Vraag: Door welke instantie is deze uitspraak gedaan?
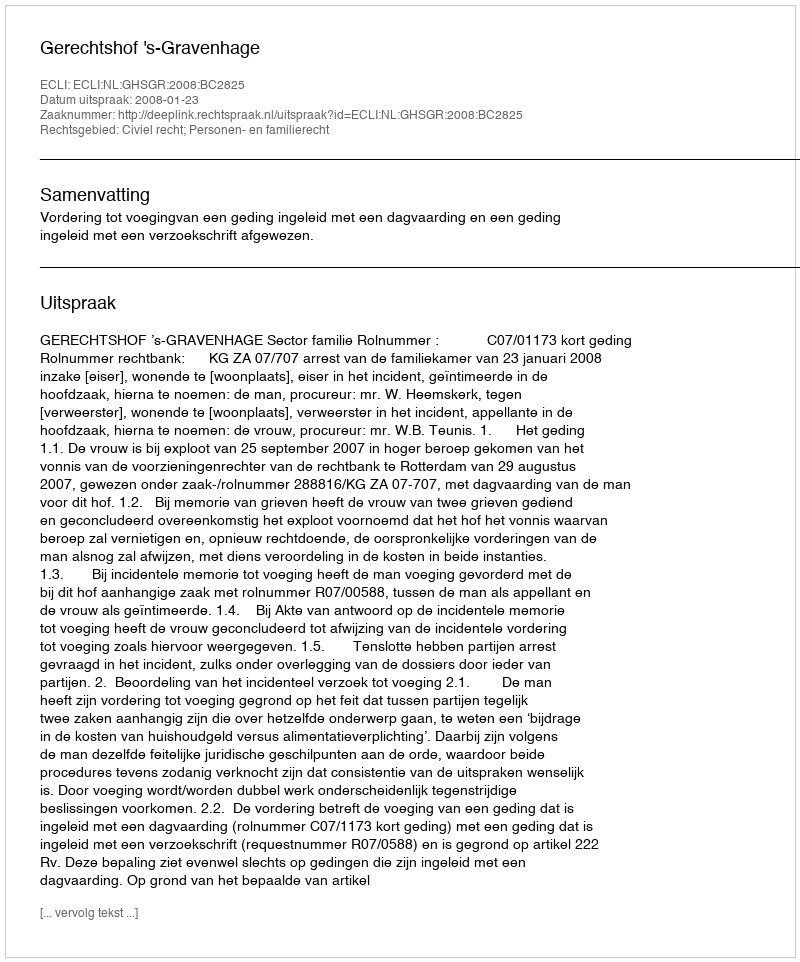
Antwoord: Gerechtshof 's-Gravenhage